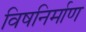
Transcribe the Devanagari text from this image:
विषनिर्माण